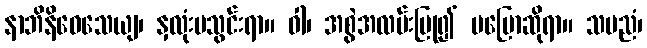
နာဘိနိဝေသေယျ၊ နှလုံးမသွင်းရာ။ ဝါ၊ အစွဲအလမ်းပြု၍ မပြောဆိုရာ။ သမညံ၊